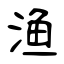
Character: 渔